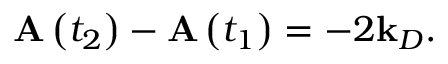
\mathbf { A } \left( t _ { 2 } \right) - \mathbf { A } \left( t _ { 1 } \right) = - 2 \mathbf { k } _ { D } .